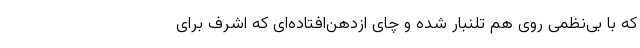
که با بی‌نظمی روی هم تلنبار شده و چای ازدهن‌افتاده‌ای که اشرف برای